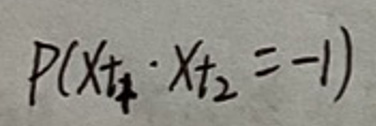
$P(X_{t_1} \cdot X_{t_2} = -1)$